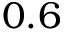
0 . 6